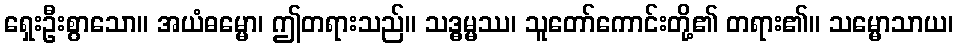
ရှေးဦးစွာသော။ အယံဓမ္မော၊ ဤတရားသည်။ သဒ္ဓမ္မဿ၊ သူတော်ကောင်းတို့၏ တရား၏။ သမ္မောသာယ၊